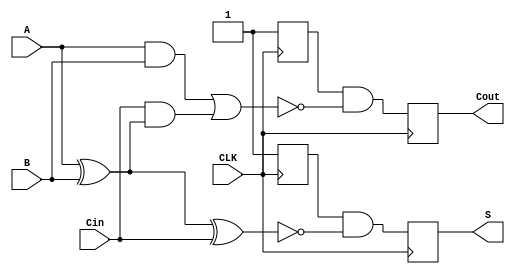
module dynamic_full_adder (
    input wire A,     // First input bit
    input wire B,     // Second input bit
    input wire Cin,   // Carry-in bit
    input wire CLK,   // Clock signal
    output reg S,     // Sum output
    output reg Cout   // Carry-out output
);

    // Internal signals for dynamic logic evaluation
    reg precharge_S;
    reg precharge_Cout;

    always @(posedge CLK) begin
        // Precharge phase
        precharge_S <= 1'b1; // Precharge sum node to 1
        precharge_Cout <= 1'b1; // Precharge carry-out node to 1
    end

    always @(negedge CLK) begin
        // Evaluate phase
        // Calculate Sum (S) = A  B  Cin
        S <= precharge_S & ~(A ^ B ^ Cin);
        
        // Calculate Carry-out (Cout) = (A  B) + (Cin  (A  B))
        Cout <= precharge_Cout & ~((A & B) | (Cin & (A ^ B)));
    end

endmodule